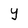
Character: y